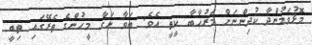
މޮޅުވަމުންދާ ކުދިންނަށް މަރުޙާބާ ކީތީ އެވެ. ބަވާ ނަގާ މީހުންގެ ތެރޭގައި ތިބީ